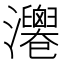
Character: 𤄻